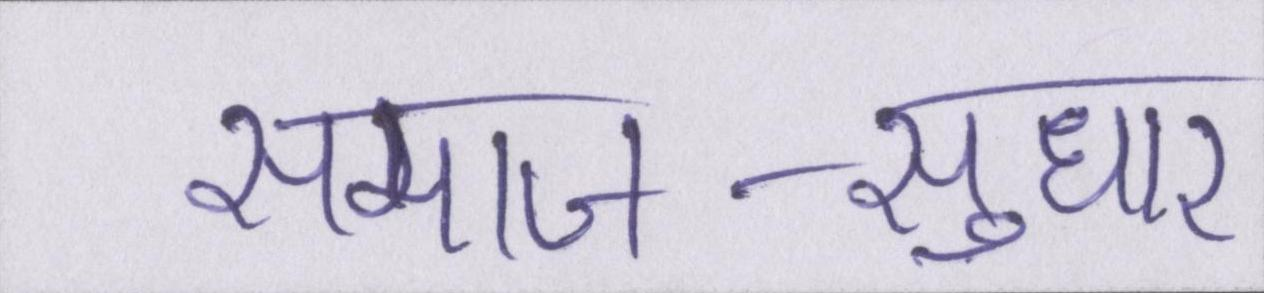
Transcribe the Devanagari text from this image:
समाज-सुधार